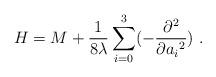
LaTeX: \begin{align*}H=M+{1\over 8 \lambda } \sum_{i=0}^3 (-{\partial^2\over\partial{a_i}^2})\,\,.\end{align*}